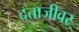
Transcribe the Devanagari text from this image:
दत्ताजीवर